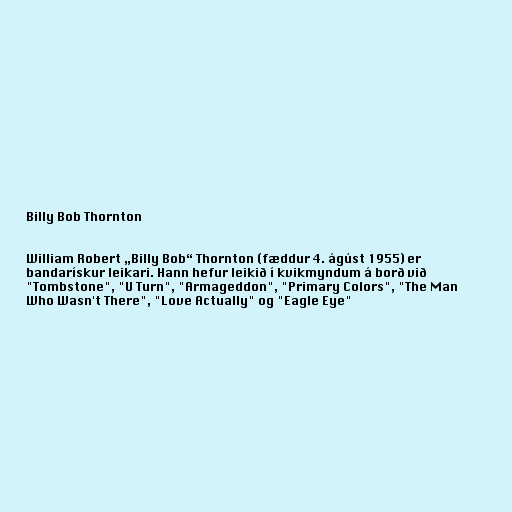
Billy Bob Thornton

William Robert „Billy Bob“ Thornton (fæddur 4. ágúst 1955) er
bandarískur leikari. Hann hefur leikið í kvikmyndum á borð við
"Tombstone", "U Turn", "Armageddon", "Primary Colors", "The Man
Who Wasn't There", "Love Actually" og "Eagle Eye"